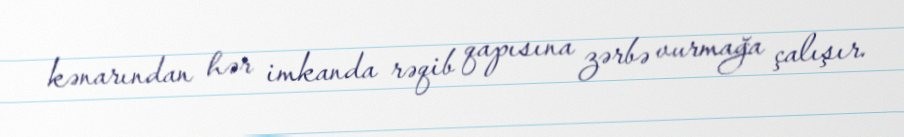
kənarından hər imkanda rəqib qapısına zərbə vurmağa çalışır.